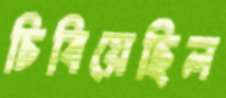
চিবিয়েছিল